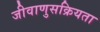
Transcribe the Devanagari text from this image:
जीवाणुसक्रियता